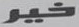
خير